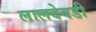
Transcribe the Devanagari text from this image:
लालदेवडी